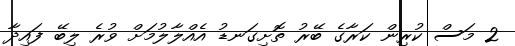
2 މަސް ކުރިން ކަރާގެ ބޭރު ތޮށިގަނޑު އެއްލާލުމަށް ވުރެ ލިބޭ ފައިދާ